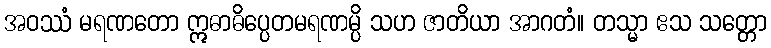
အဝဿံ မရဏတော ဣဓာဓိပ္ပေတမရဏမ္ပိ သဟ ဇာတိယာ အာဂတံ။ တသ္မာ ဧသ သတ္တော